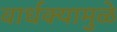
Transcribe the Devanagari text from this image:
वार्धक्यामुळे